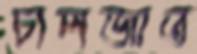
চালজাত